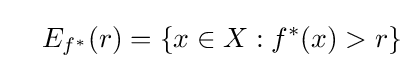
\quad E_{f^{*}}(r)=\left\{x\in X:f^{*}(x)>r\right\}